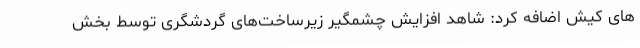
های کیش اضافه کرد: شاهد افزایش چشمگیر زیرساخت‌های گردشگری توسط بخش